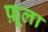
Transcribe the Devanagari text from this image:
फ़ूला